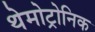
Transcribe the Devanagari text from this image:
थेमोट्रोनिक